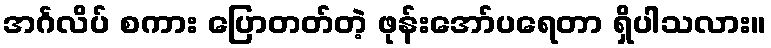
အင်္ဂလိပ် စကား ပြောတတ်တဲ့ ဖုန်းအော်ပရေတာ ရှိပါသလား။